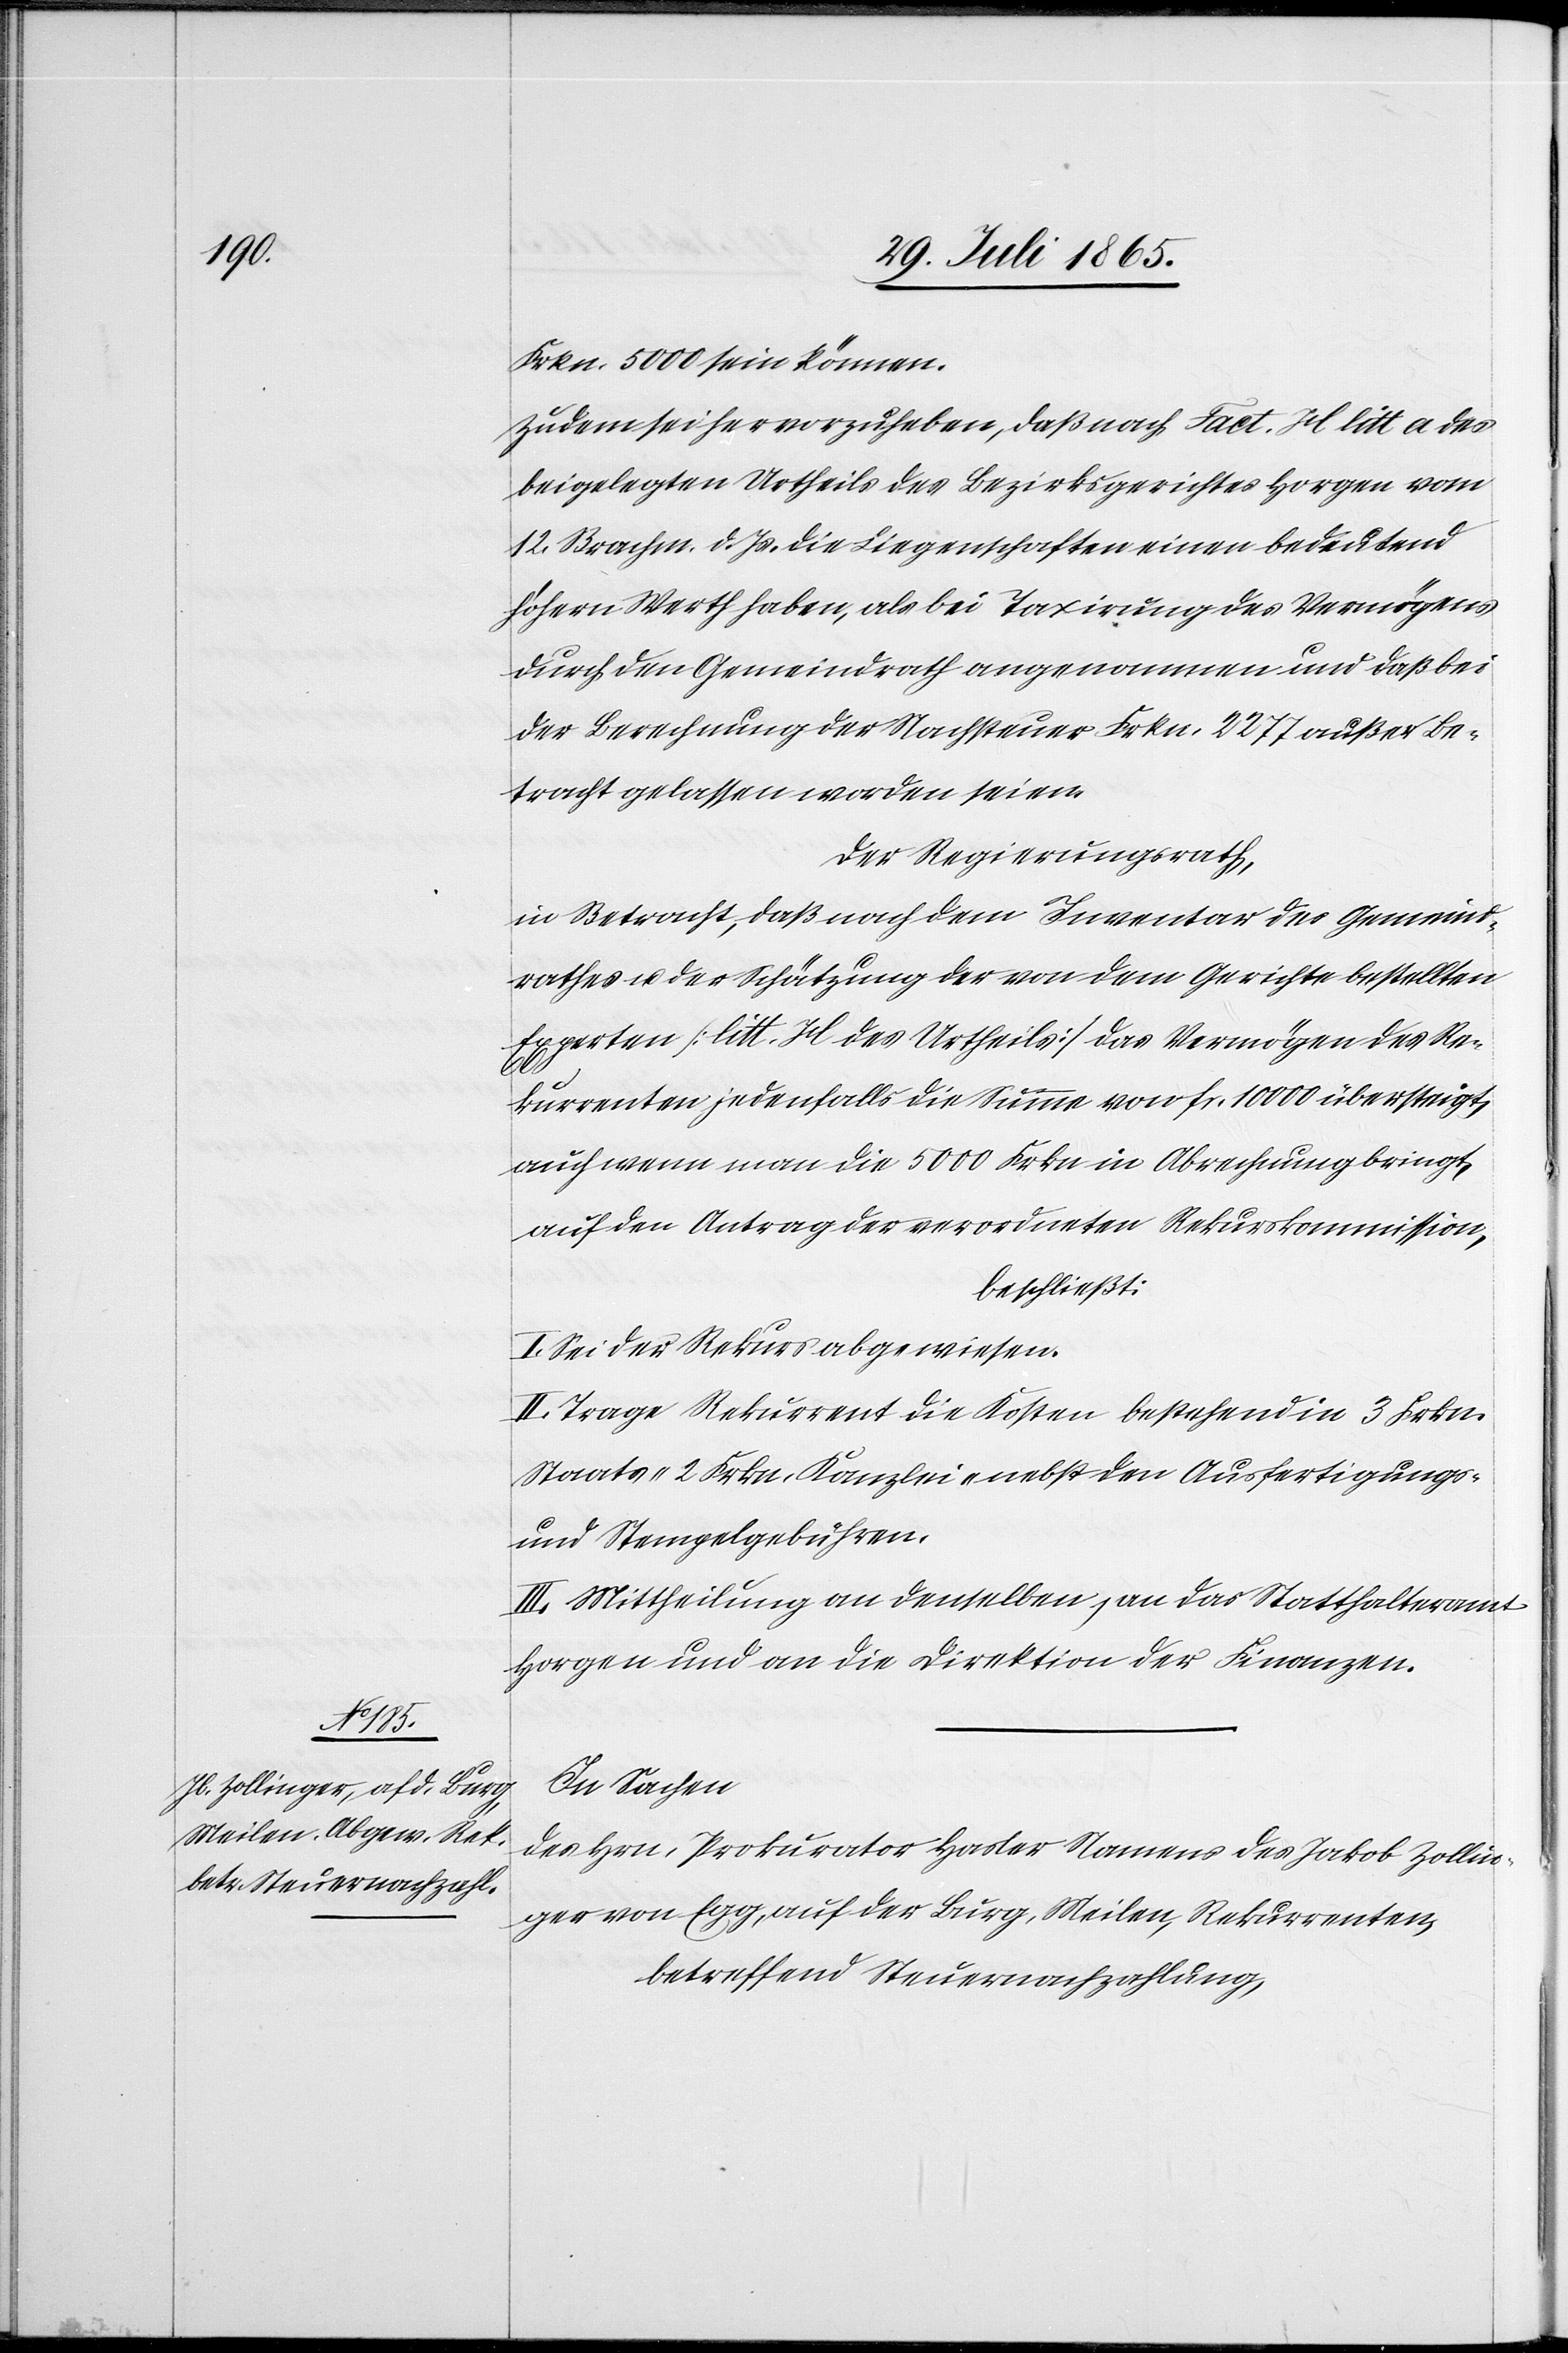
Frkn. 5000 sein können.
Zudem sei hervorzuheben, daß nach Fact. H litt a des
beigelegten Urtheils des Bezirksgerichtes Horgen vom
12. Brachm. d. Js. die Liegenschaften einen bedeutend
höhern Werth haben, als bei Taxirung des Vermögens
durch den Gemeindrath angenommen und daß bei
der Berechnung der Nachsteuer Frkn. 2277 außer Be¬
tracht gelassen worden seien.
Der Regierungsrath,
in Betracht, daß nach dem Inventar des Gemeind¬
rathes u. der Schätzung der von dem Gerichte bestellten
Experten [litt. H des Urtheils] das Vermögen des Re¬
kurrenten jedenfalls die Summe von fr. 10 000 übersteigt,
auch wenn man die 5000 Frkn in Abrechnung bringt,
auf den Antrag der verordneten Rekurskommission,
beschließt:
I. Sei der Rekurs abgewiesen.
II. Trage Rekurrent die Kosten bestehend in 3 Frkn.
Staats-[,] 2 Frkn. Kanzlei- nebst den Ausfertigungs-
und Stempelgebühren.
III. Mittheilung an denselben, an das Statthalteramt
Horgen und an die Direktion der Finanzen.
In Sachen
des Hrn. Prokurator Hasler Namens des Jakob Zollin¬
ger von Egg, auf der Burg, Meilen, Rekurrenten,
betreffend Steuernachzahlung,